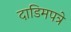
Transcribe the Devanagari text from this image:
दाडिमपत्रे